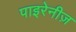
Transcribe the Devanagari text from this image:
पाइरेनीज़